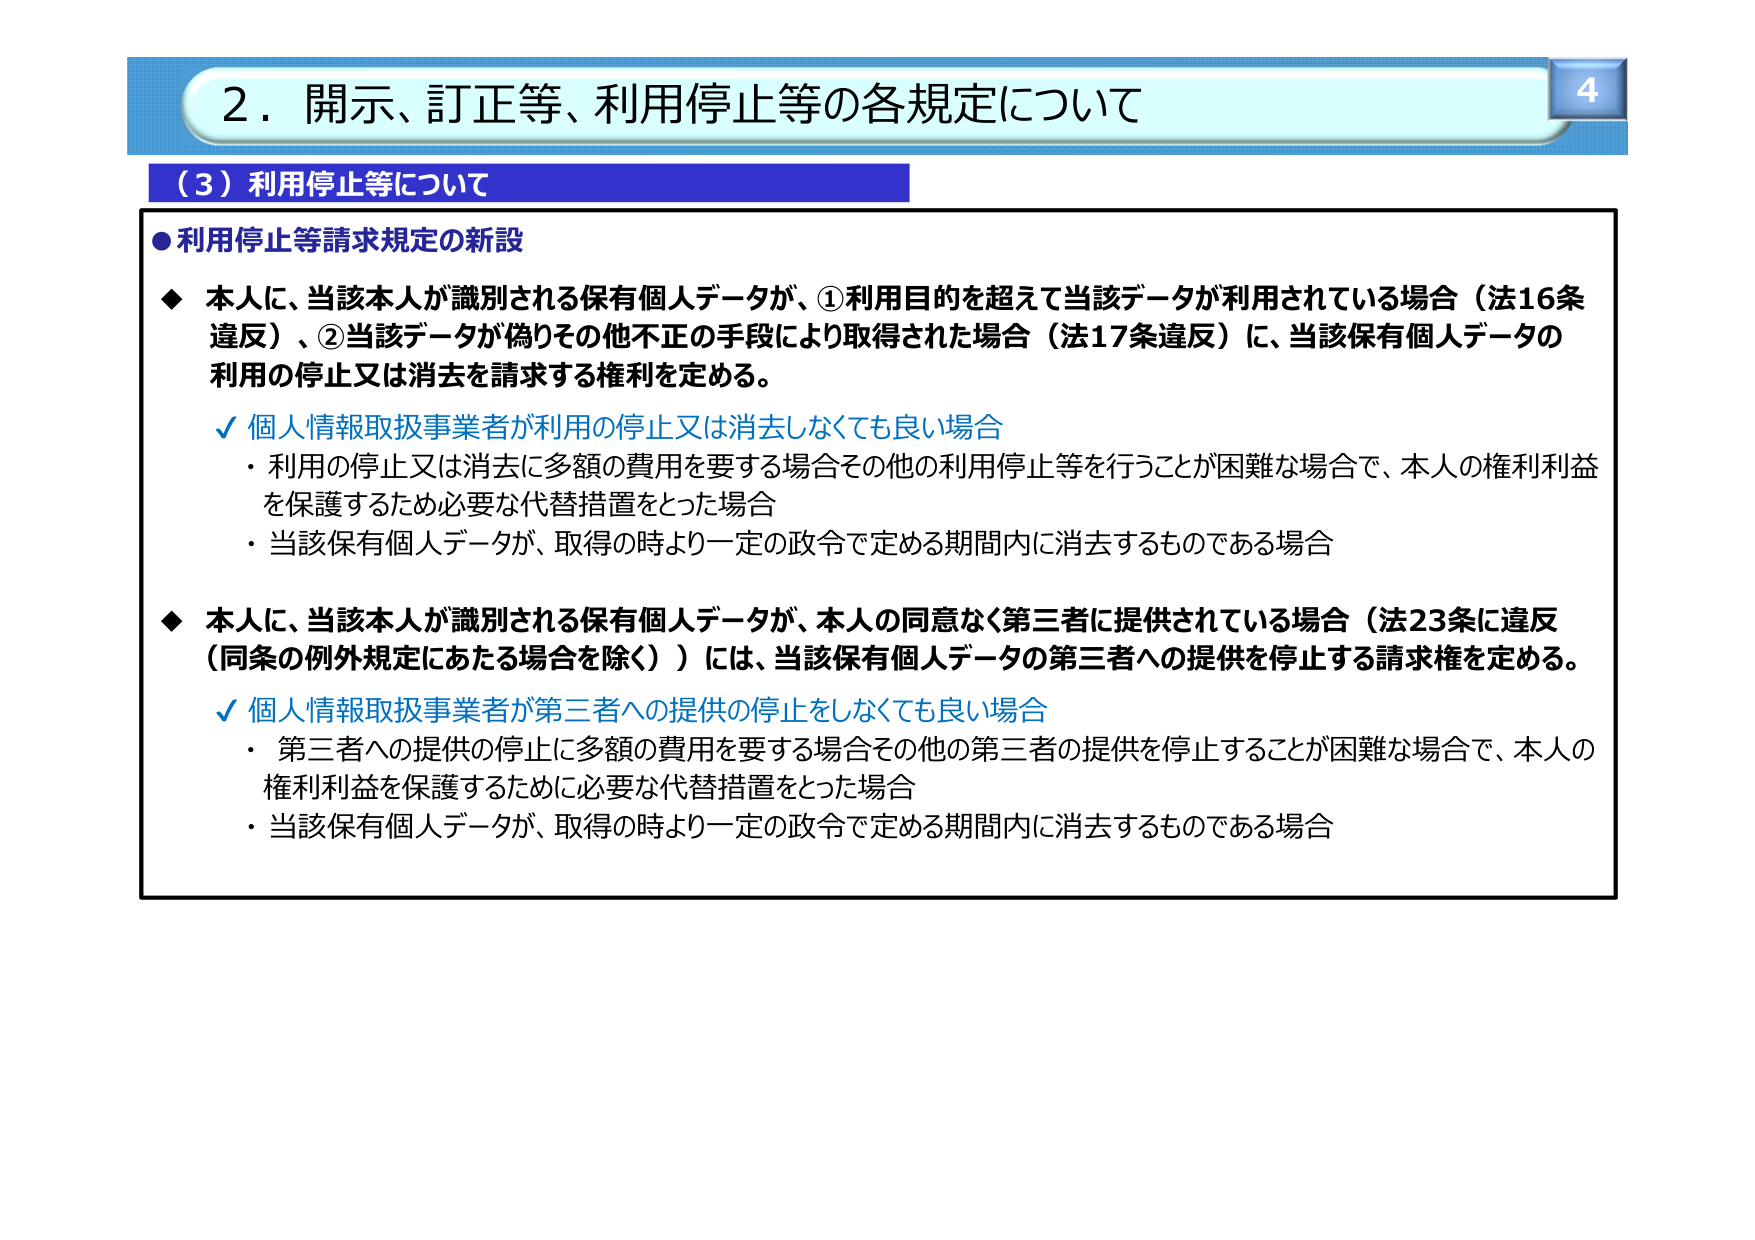
2．開示、訂正等、利用停止等の各規定について

（3）利用停止等について

●利用停止等請求規定の新設

◆ 本人に、当該本人が識別される保有個人データが、①利用目的を超えて当該データが利用されている場合（法16条違反）、②当該データが偽りその他不正の手段により取得された場合（法17条違反）に、当該保有個人データの利用の停止又は消去を請求する権利を定める。

✓ 個人情報取扱事業者が利用の停止又は消去しなくても良い場合
・ 利用の停止又は消去に多額の費用を要する場合その他の利用停止等を行うことが困難な場合で、本人の権利利益を保護するため必要な代替措置をとった場合
・ 当該保有個人データが、取得の時より一定の政令で定める期間内に消去するものである場合

◆ 本人に、当該本人が識別される保有個人データが、本人の同意なく第三者に提供されている場合（法23条に違反（同条の例外規定にあたる場合を除く））には、当該保有個人データの第三者への提供を停止する請求権を定める。

✓ 個人情報取扱事業者が第三者への提供の停止をしなくても良い場合
・ 第三者への提供の停止に多額の費用を要する場合その他の第三者の提供を停止することが困難な場合で、本人の権利利益を保護するために必要な代替措置をとった場合
・ 当該保有個人データが、取得の時より一定の政令で定める期間内に消去するものである場合